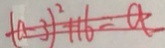
( a - 3 ) ^ { 2 } + 1 6 = a